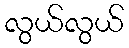
လွယ်လွယ်